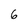
Character: 6